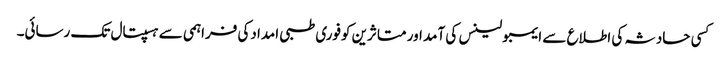
کسی حادثہ کی اطلاع سے ایمبولینس کی آمد اور متاثرین کوفوری طبی امدادکی فراہمی سے ہسپتال تک رسائی۔